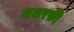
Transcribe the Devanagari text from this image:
अशरफ़ी